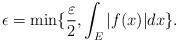
LaTeX: \begin{align*}\epsilon=\min\{ {\varepsilon\over 2},\int_E|f(x)|dx\}.\end{align*}